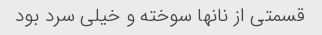
قسمتی از نانها سوخته و خیلی سرد بود